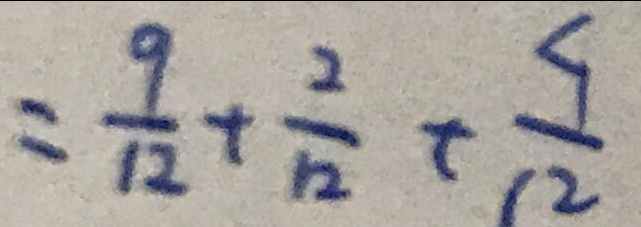
= \frac { 9 } { 1 2 } + \frac { 2 } { 1 2 } + \frac { 4 } { 1 2 }